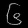
Digit: ၆